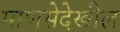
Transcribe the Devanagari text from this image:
माणसेदेखील